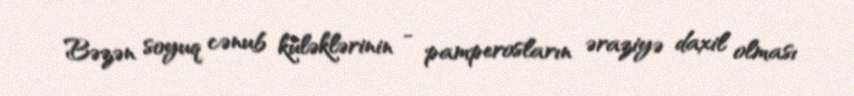
Bəzən soyuq cənub küləklərinin - pamperosların əraziyə daxil olması